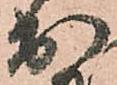
出